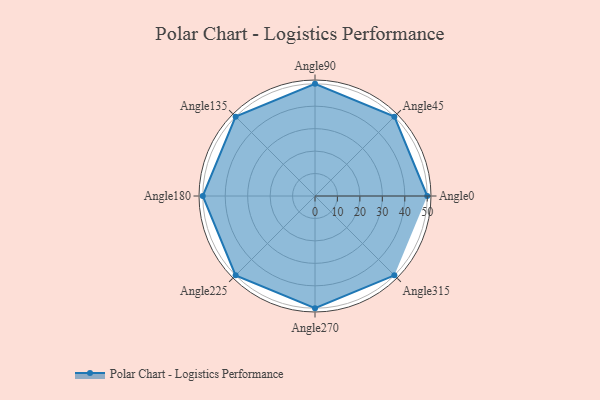
{"axis": {"x": "Angle", "y": "Radius"}, "legend": [""], "data": [{"x": "Angle0", "y": 50.0, "type": ""}, {"x": "Angle45", "y": 50, "type": ""}, {"x": "Angle90", "y": 50, "type": ""}, {"x": "Angle135", "y": 50, "type": ""}, {"x": "Angle180", "y": 50, "type": ""}, {"x": "Angle225", "y": 50, "type": ""}, {"x": "Angle270", "y": 50, "type": ""}, {"x": "Angle315", "y": 50, "type": ""}]}